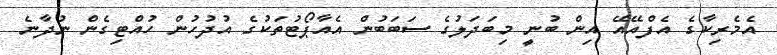
އެމެރިކާގެ އެފްއޭއޭ އިން ބުނީ މިބަދަލުގެ ސަބަބުން އެއާޕޯޓުތަކުގެ އުދުހުން ހުއްޓިގެން ނުދާނެ